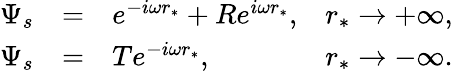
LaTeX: \begin{array}{ccll}{\Psi_{s}}&{=}&{e^{-i\omega r_{*}}+Re^{i\omega r_{*}},}&{r_{*}\rightarrow+\infty,}\\ {\Psi_{s}}&{=}&{Te^{-i\omega r_{*}},}&{r_{*}\rightarrow-\infty.}\end{array}